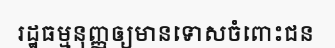
រដ្ឋធម្មនុញ្ញឲ្យមានទោសចំពោះជន